Scottish Certificate of Education, 1963
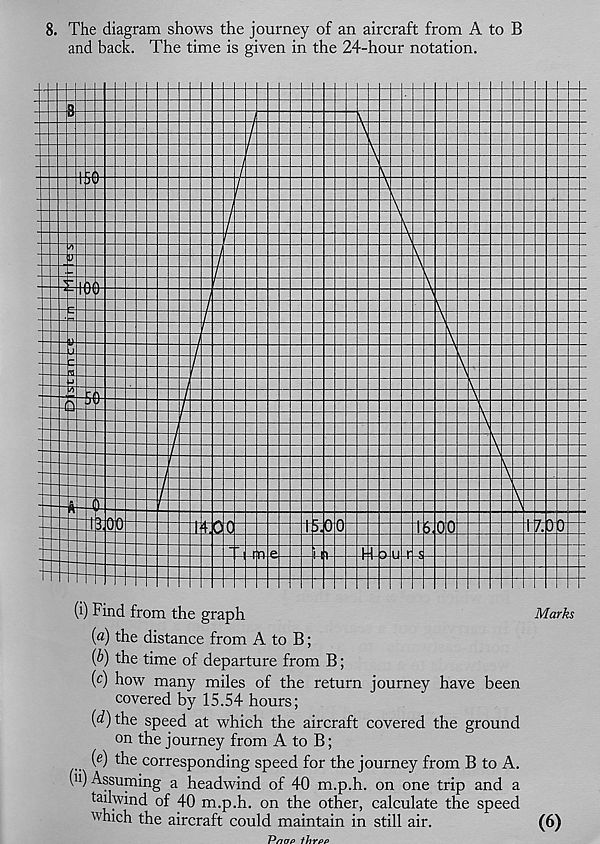
8. The diagram shows the journey of an aircraft from A to B
and back. The time is given in the 24-hour notation.
(i) Find from the graph
Marks
{a) the distance from A to B;
{b) the time of departure from B;
(c) how many miles of the return journey have been
covered by 15.54 hours;
(d)
the speed at which the aircraft co
on the journey from A to B;
(e) the corresponding speed for the journey from B to A.
( u ) Assuming a headwind of 40 m.p.h. on one trip and a
tailwind of 40 m.p.h. on the other, calculate the speed
which the aircraft could maintain in still air.
(6)
T^nap thrpp